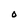
Character: O